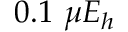
0 . 1 \ \mu E _ { h }